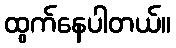
ထွက်နေပါတယ်။